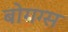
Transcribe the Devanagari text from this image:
बोगग्स